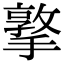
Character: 撉